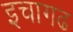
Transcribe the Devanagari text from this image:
इचागढ